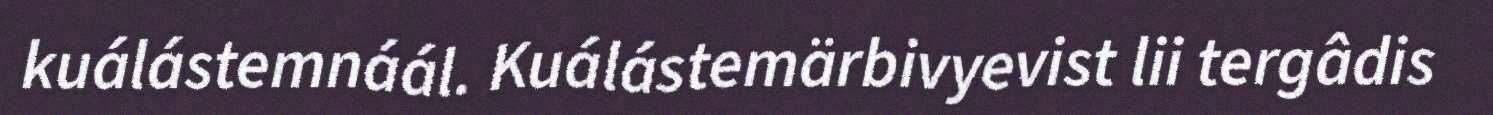
kuálástemnáál. Kuálástemärbivyevist lii tergâdis